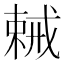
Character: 𢧧